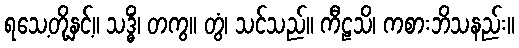
ရသေ့တို့နှင့်။ သဒ္ဓိံ၊ တကွ။ တွံ၊ သင်သည်။ ကီဠသိ၊ ကစားဘိသနည်း။